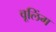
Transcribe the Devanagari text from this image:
वूलिंग